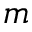
m